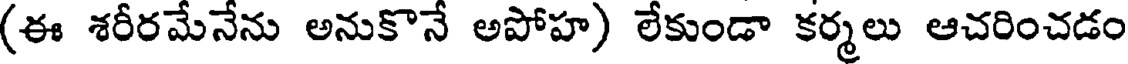
(ఈ శరీరమేనేను అనుకొనే అపోహ) లేకుండా కర్మలు ఆచరించడం